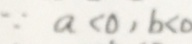
\because a < 0 , b < 0